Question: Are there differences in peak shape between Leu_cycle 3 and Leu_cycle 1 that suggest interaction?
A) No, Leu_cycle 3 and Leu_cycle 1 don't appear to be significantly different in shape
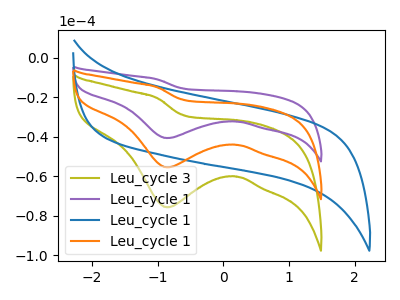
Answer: <think>The olive curve "Leu_cycle 3" has a cathodic peak at: (-0.85V, -75.65uA). The purple curve "Leu_cycle 1" has a cathodic peak at: (-0.85V, -110.95uA). The blue curve "Leu_cycle 1" has no peaks. The orange curve "Leu_cycle 1" has a cathodic peak at: (-0.85V, -55.45uA).
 All the peaks in "Leu_cycle 3" have a peak in "Leu_cycle 1" at the same potential. Every peak in "Leu_cycle 3" is higher than every peak in "Leu_cycle 1".</think>
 <answer>A) No, "Leu_cycle 3" and "Leu_cycle 1" don't appear to be significantly different in shape</answer>
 <eval>A</eval>